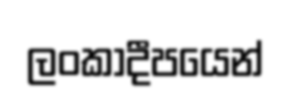
ලංකාදීපයෙන්